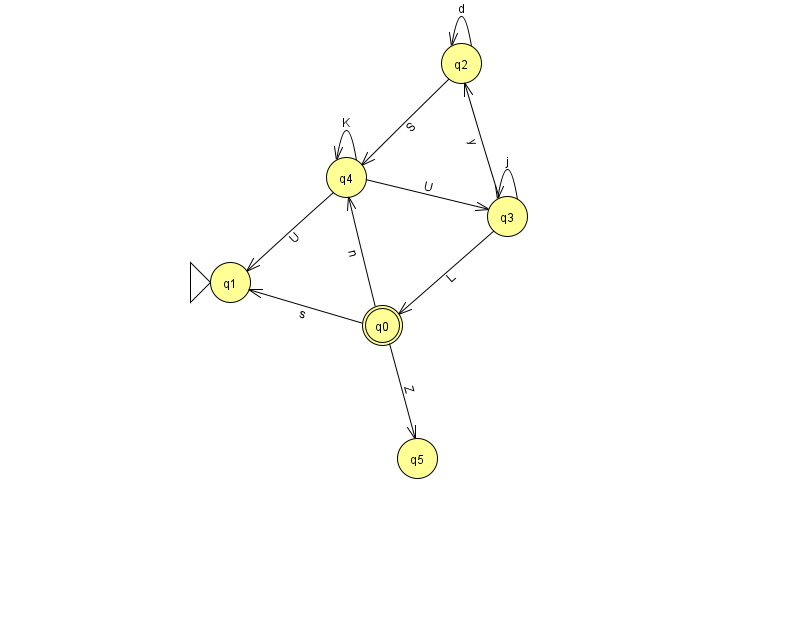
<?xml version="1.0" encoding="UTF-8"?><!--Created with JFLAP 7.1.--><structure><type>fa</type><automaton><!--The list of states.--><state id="0" name="q0"><x>382.0</x><y>312.0</y><final/></state><state id="1" name="q1"><x>230.0</x><y>269.0</y><initial/></state><state id="2" name="q2"><x>461.0</x><y>50.0</y></state><state id="3" name="q3"><x>507.0</x><y>203.0</y></state><state id="4" name="q4"><x>346.0</x><y>164.0</y></state><state id="5" name="q5"><x>417.0</x><y>445.0</y></state><!--The list of transitions.--><transition><from>4</from><to>1</to><read>U</read></transition><transition><from>2</from><to>4</to><read>S</read></transition><transition><from>3</from><to>2</to><read>y</read></transition><transition><from>0</from><to>4</to><read>n</read></transition><transition><from>2</from><to>2</to><read>d</read></transition><transition><from>0</from><to>5</to><read>Z</read></transition><transition><from>3</from><to>3</to><read>j</read></transition><transition><from>4</from><to>4</to><read>K</read></transition><transition><from>0</from><to>1</to><read>s</read></transition><transition><from>4</from><to>3</to><read>U</read></transition><transition><from>3</from><to>0</to><read>L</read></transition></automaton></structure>